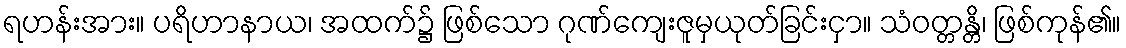
ရဟန်းအား။ ပရိဟာနာယ၊ အထက်၌ ဖြစ်သော ဂုဏ်ကျေးဇူမှယုတ်ခြင်းငှာ။ သံဝတ္တန္တိ၊ ဖြစ်ကုန်၏။